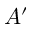
A ^ { \prime }